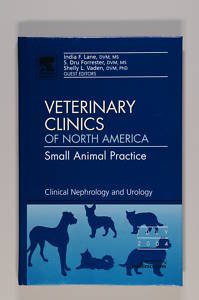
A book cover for Veterinary Clincis of North America Small Animal Practice: Clinical Nephrology and Urology; 34:4; Medical Books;